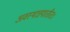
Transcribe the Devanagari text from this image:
अवस्थात्रयातीतः।